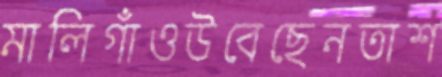
মালিগাঁওউবেছেনতাশ